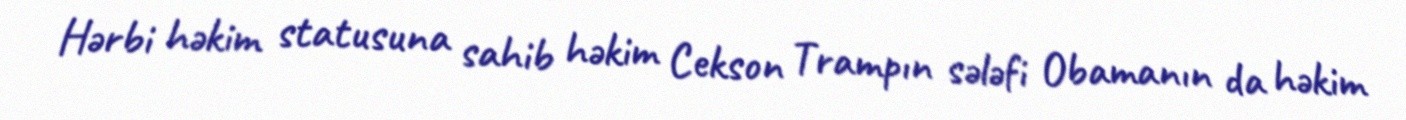
Hərbi həkim statusuna sahib həkim Cekson Trampın sələfi Obamanın da həkim